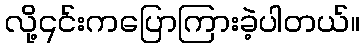
လို့၎င်းကပြောကြားခဲ့ပါတယ်။